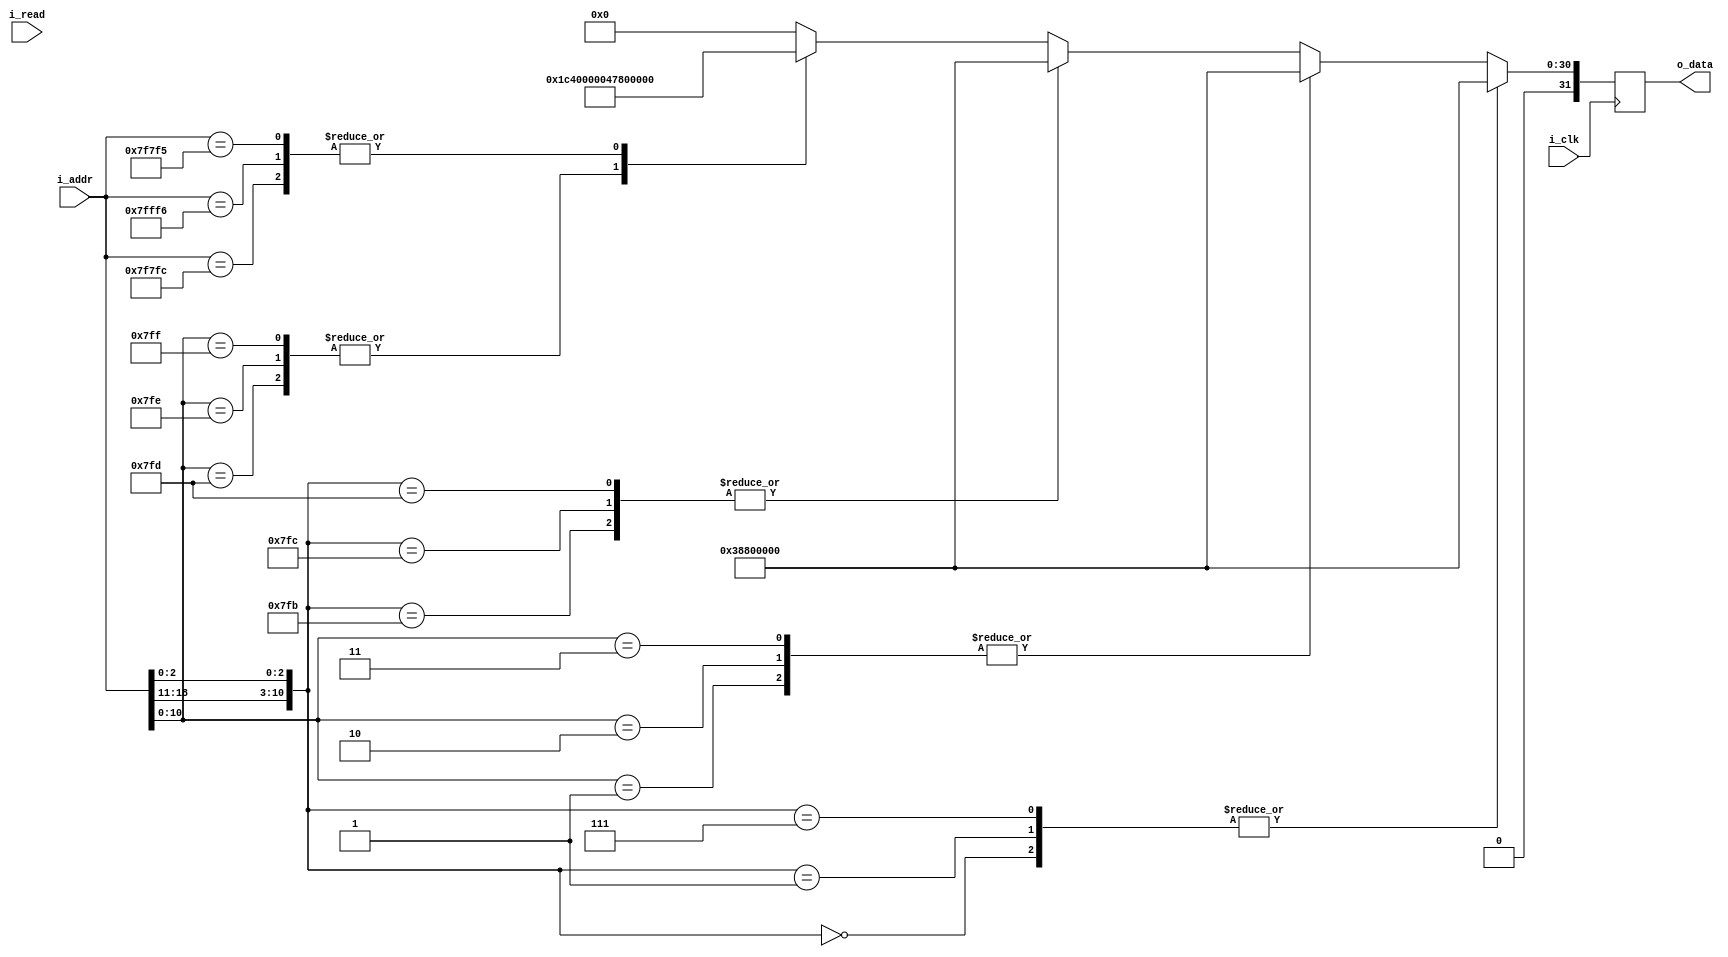
`timescale 1ns / 1ps
//////////////////////////////////////////////////////////////////////////////////
// Company: 
// Engineer: 
// 
// Design Name: 
// Module Name: rtable
// Project Name: 
// Target Devices: 
// Tool Versions: 
// Description: 
// 
// Dependencies: 
// 
// Revision:
// Revision 0.01 - File Created
// Additional Comments:
// 
//////////////////////////////////////////////////////////////////////////////////


//r table implemented as ROM
//width depends on range of reward value, depth depends on number of states times num of actions
module rtable #(parameter ADDR_WIDTH = 19, DATA_WIDTH = 32, DEPTH = 524288) (
    input wire i_clk,
    input wire [ADDR_WIDTH-1:0] i_addr, 
    input wire i_read, //need this??
    output reg [DATA_WIDTH-1:0] o_data);

    always @ (posedge i_clk)
    begin
        casez (i_addr)
            //left walls
            19'b0000_0000_????_????_000: o_data<= -32'b11000111100000000000000000000000;  //-65536
            19'b0000_0000_????_????_001: o_data<= -32'b11000111100000000000000000000000;  //-65536
            19'b0000_0000_????_????_111: o_data<= -32'b11000111100000000000000000000000;  //-65536

            //up WALLS
            19'b????_????_0000_0000_001: o_data<= -32'b11000111100000000000000000000000;  //-65536
            19'b????_????_0000_0000_010: o_data<= -32'b11000111100000000000000000000000;  //-65536
            19'b????_????_0000_0000_011: o_data<= -32'b11000111100000000000000000000000;  //-65536
            ///right walls
            19'b1111_1111_????_????_011: o_data<= -32'b11000111100000000000000000000000;  //-65536
            19'b1111_1111_????_????_100: o_data<= -32'b11000111100000000000000000000000;  //-65536
            19'b1111_1111_????_????_101: o_data<= -32'b11000111100000000000000000000000;  //-65536
            //down  walls
            19'b????_????_1111_1111_101: o_data<= -32'b11000111100000000000000000000000;  //-65536
            19'b????_????_1111_1111_110: o_data<= -32'b11000111100000000000000000000000;  //-65536
            19'b????_????_1111_1111_111: o_data<= -32'b11000111100000000000000000000000;  //-65536

            //(8,8): goal state, (7,8)=>11 or (8,7)=>10 gets big reward
            19'b1111_1110_1111_1111_100: o_data<= 32'b01000111100000000000000000000000; //65536
            19'b1111_1111_1111_1110_110: o_data<= 32'b01000111100000000000000000000000;
            19'b1111_1110_1111_1110_101: o_data<= 32'b01000111100000000000000000000000;
            //... depends on the dataset?? 

            
            default :  o_data<= {DATA_WIDTH{1'b0}}; //others no reward
        endcase    
    end
endmodule